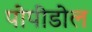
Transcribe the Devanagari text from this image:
पोपीडोल